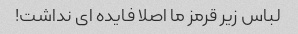
لباس زیر قرمز ما اصلا فایده ای نداشت!